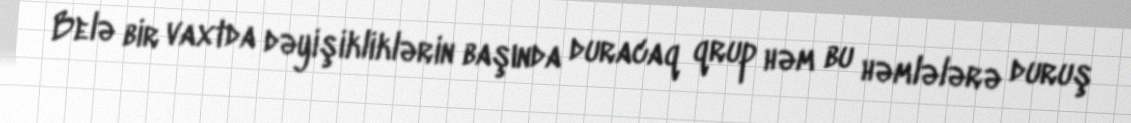
Belə bir vaxtda dəyişikliklərin başında duracaq qrup həm bu həmlələrə duruş